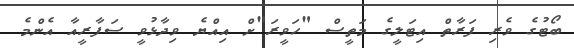
ބޯޓުގެ ވެރި ފަރާތް އިޓަލީގެ މަތީސް "ހަވީރަ"ށް އިއްޔެ ވިދާޅުވީ ސަފާރީއާ އެންމެ